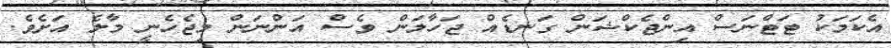
އެކަމަކު ޓަޓްނަސް އިންޖެކްޝަން ގަނޑެއް ޖަހާލަން ވެސް އަންނަން މިޖެހެނީ މާލެ އަށެވެ.